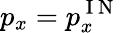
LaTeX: p_{x}=p_{x}^{\mathrm{~I~N~}}